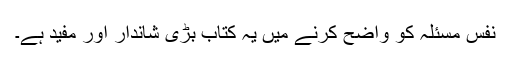
نفس مسئلہ کو واضح کرنے میں یہ کتاب بڑی شاندار اور مفید ہے۔